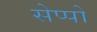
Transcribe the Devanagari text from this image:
सेप्पो